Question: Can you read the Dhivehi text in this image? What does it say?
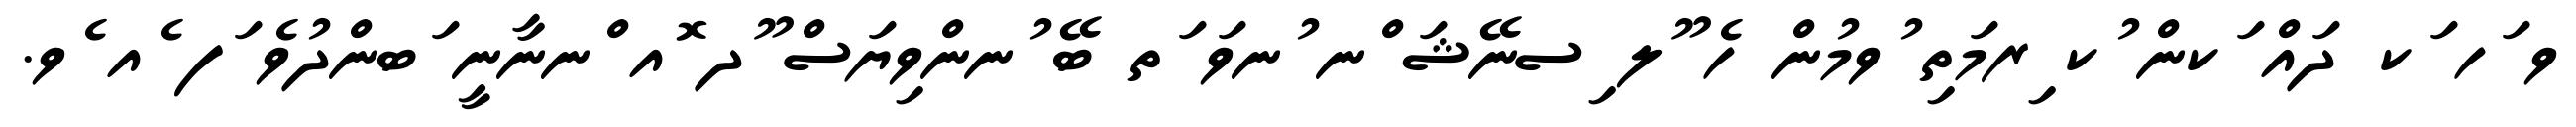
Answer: ވ ަހ ަކ ދައް ަކން ުކ ިރމަތި ުވމުން ހެ ޫލ ިސނޭޝަ ްނ ުނވަ ަތ ބޭ ުނންވިޔަސް ޫދ ޮއ ްނނާނީ ަބންދުވެ ަފ ެއ ެވ.